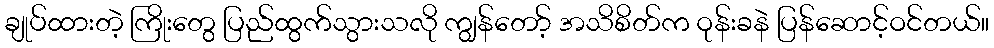
ချုပ်ထားတဲ့ ကြိုးတွေ ပြည်ထွက်သွားသလို ကျွန်တော့် အသိစိတ်က ဝုန်းခနဲ ပြန်ဆောင့်ဝင်တယ်။